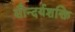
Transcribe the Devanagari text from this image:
सौन्दर्यशक्ति